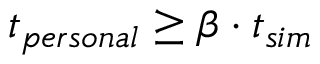
t _ { p e r s o n a l } \ge \beta \cdot t _ { s i m }